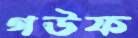
গউফ